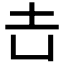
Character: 𡉆